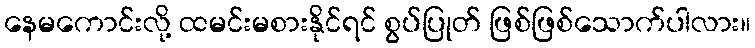
နေမကောင်းလို့ ထမင်းမစားနိုင်ရင် စွပ်ပြုတ် ဖြစ်ဖြစ်သောက်ပါလား။